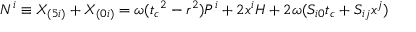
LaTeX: N ^ { i } \equiv X _ { ( 5 i ) } + X _ { ( 0 i ) } = \omega ( { t _ { c } } ^ { 2 } - r ^ { 2 } ) P ^ { i } + 2 x ^ { i } H + 2 \omega ( S _ { i 0 } t _ { c } + S _ { i j } x ^ { j } )